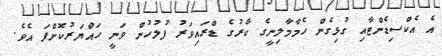
އެ އެކްސިޑެންޓާއި ގުޅިގެން ހެމާމާލިނީގެ ކާރުގެ ޑްރައިވަރު ފުލުހުން ވަނީ ހައްޔަރުކޮށްފަ އެވެ.